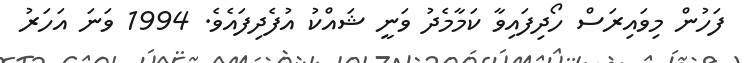
ފަހުން މިވައިރަސް ހޯދިފައިވާ ކަމާމެދު ވަނީ ޝައްކު އުފެދިފައެވެ. 1994 ވަނަ އަހަރު